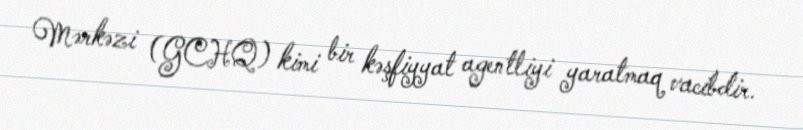
Mərkəzi (GCHQ) kimi bir kəşfiyyat agentliyi yaratmaq vacibdir.